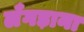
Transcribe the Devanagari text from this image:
लँगड़ाना